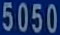
5050